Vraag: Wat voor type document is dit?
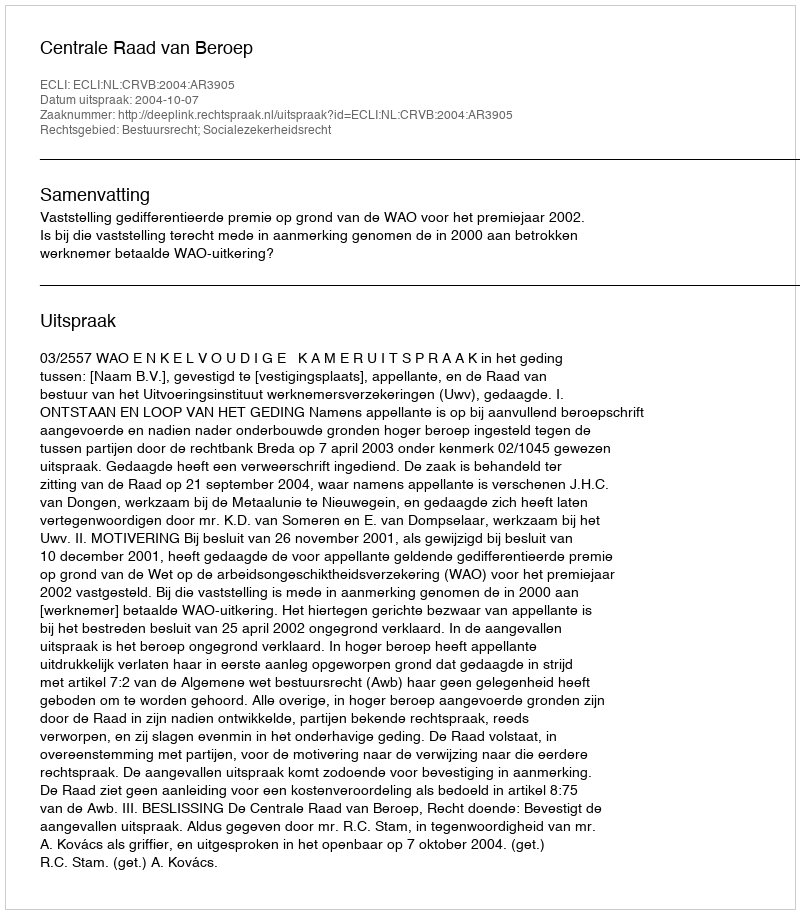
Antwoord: Uitspraak